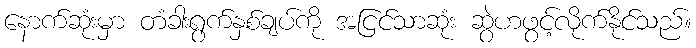
နောက်ဆုံးမှာ တံခါးရွက်နှစ်ချပ်ကို အငြင်သာဆုံး ဆွဲဟဖွင့်လိုက်နိုင်သည်။